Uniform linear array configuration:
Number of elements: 24
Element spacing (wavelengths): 1
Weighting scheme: exponential
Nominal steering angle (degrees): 0
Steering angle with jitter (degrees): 1.881
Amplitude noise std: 0.05
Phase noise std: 0.05

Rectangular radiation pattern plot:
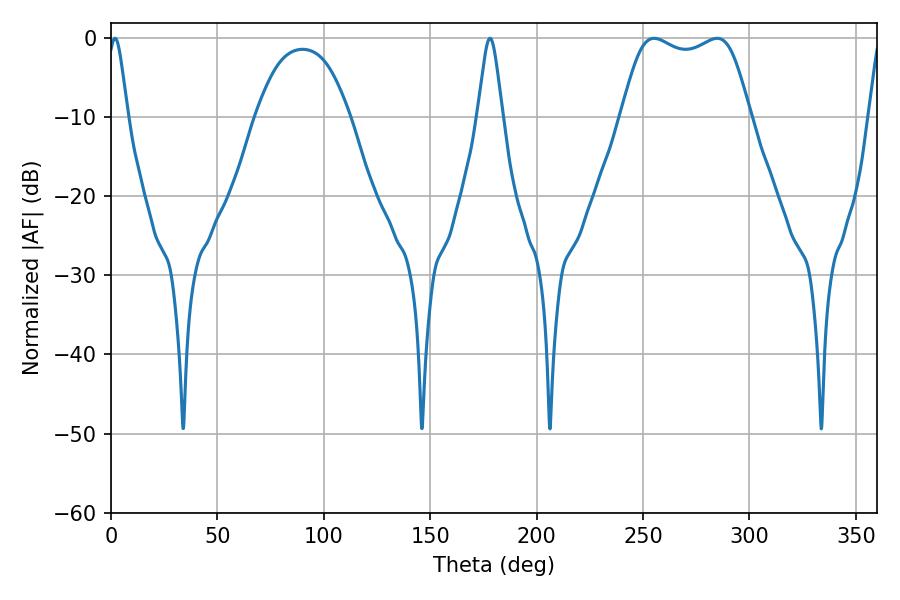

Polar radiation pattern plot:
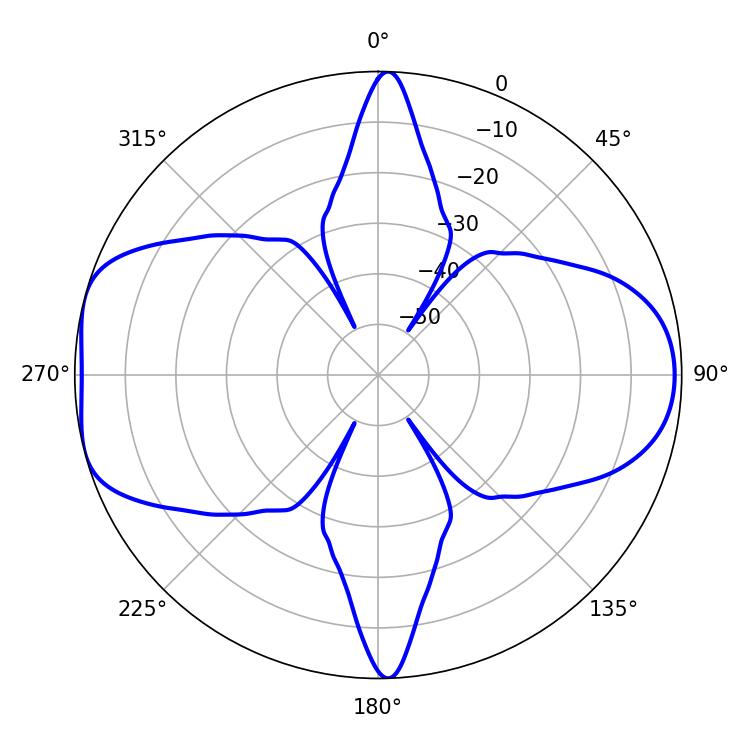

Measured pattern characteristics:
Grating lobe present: TRUE
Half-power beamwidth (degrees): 47.16
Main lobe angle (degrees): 255.24